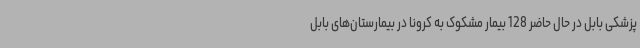
پزشکی بابل در حال حاضر 128 بیمار مشکوک به کرونا در بیمارستان‌های بابل